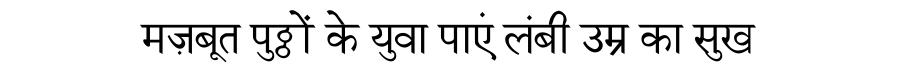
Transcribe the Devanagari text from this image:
मज़बूत पुठ्ठों के युवा पाएं लंबी उम्र का सुख